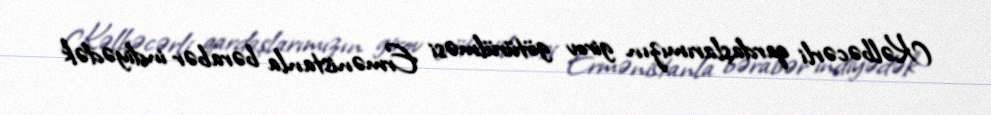
Kəlbəcərli qardaşlarımızın girov götürülməsi Ermənistanla bərabər indiyədək